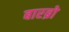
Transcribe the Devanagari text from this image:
बारब्रो